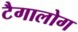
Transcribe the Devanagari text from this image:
टैगालोग